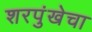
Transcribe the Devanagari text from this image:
शरपुंखेचा